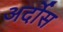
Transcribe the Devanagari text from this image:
अर्दोस